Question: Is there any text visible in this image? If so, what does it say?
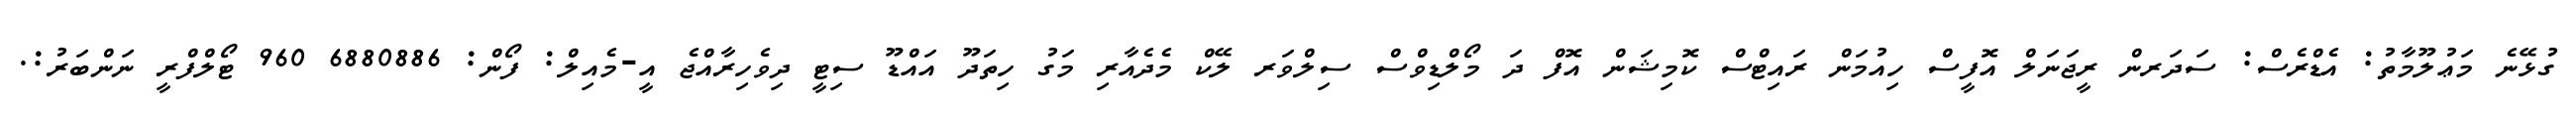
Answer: ގުޅޭނެ މަޢުލޫމާތު: އެޑްރެސް: ސަދަރން ރީޖަނަލް އޮފީސް ހިއުމަން ރައިޓްސް ކޮމިޝަން އޮފް ދަ މޯލްޑިވްސް ސިލްވަރ ލޭކް މެދެއާރި މަގު ހިތަދޫ އައްޑޫ ސިޓީ ދިވެހިރާއްޖެ އީ-މެއިލް: ފޯން: 6880886 960 ޓޯލްފްރީ ނަންބަރު:.